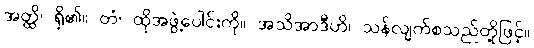
အတ္ထိ၊ ရှိ၏။ တံ၊ ထိုအဖွဲ့ပေါင်းကို။ အသိအာဒီဟိ၊ သန်လျက်စသည်တို့ဖြင့်။